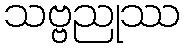
သဗ္ဗညုဿ